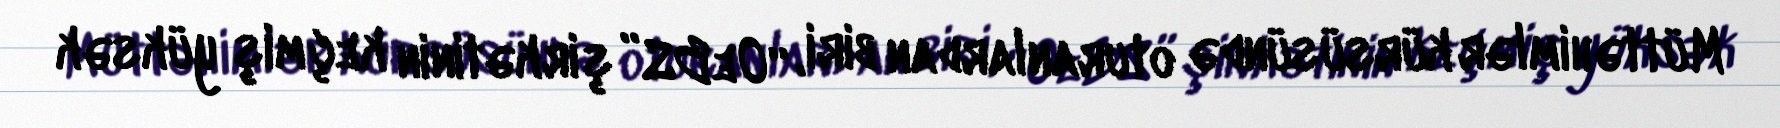
Müttəhimlər kürsüsündə oturanlardan biri, “OeBS” şirkətinin keçmiş yüksək